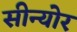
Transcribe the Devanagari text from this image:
सीन्योर